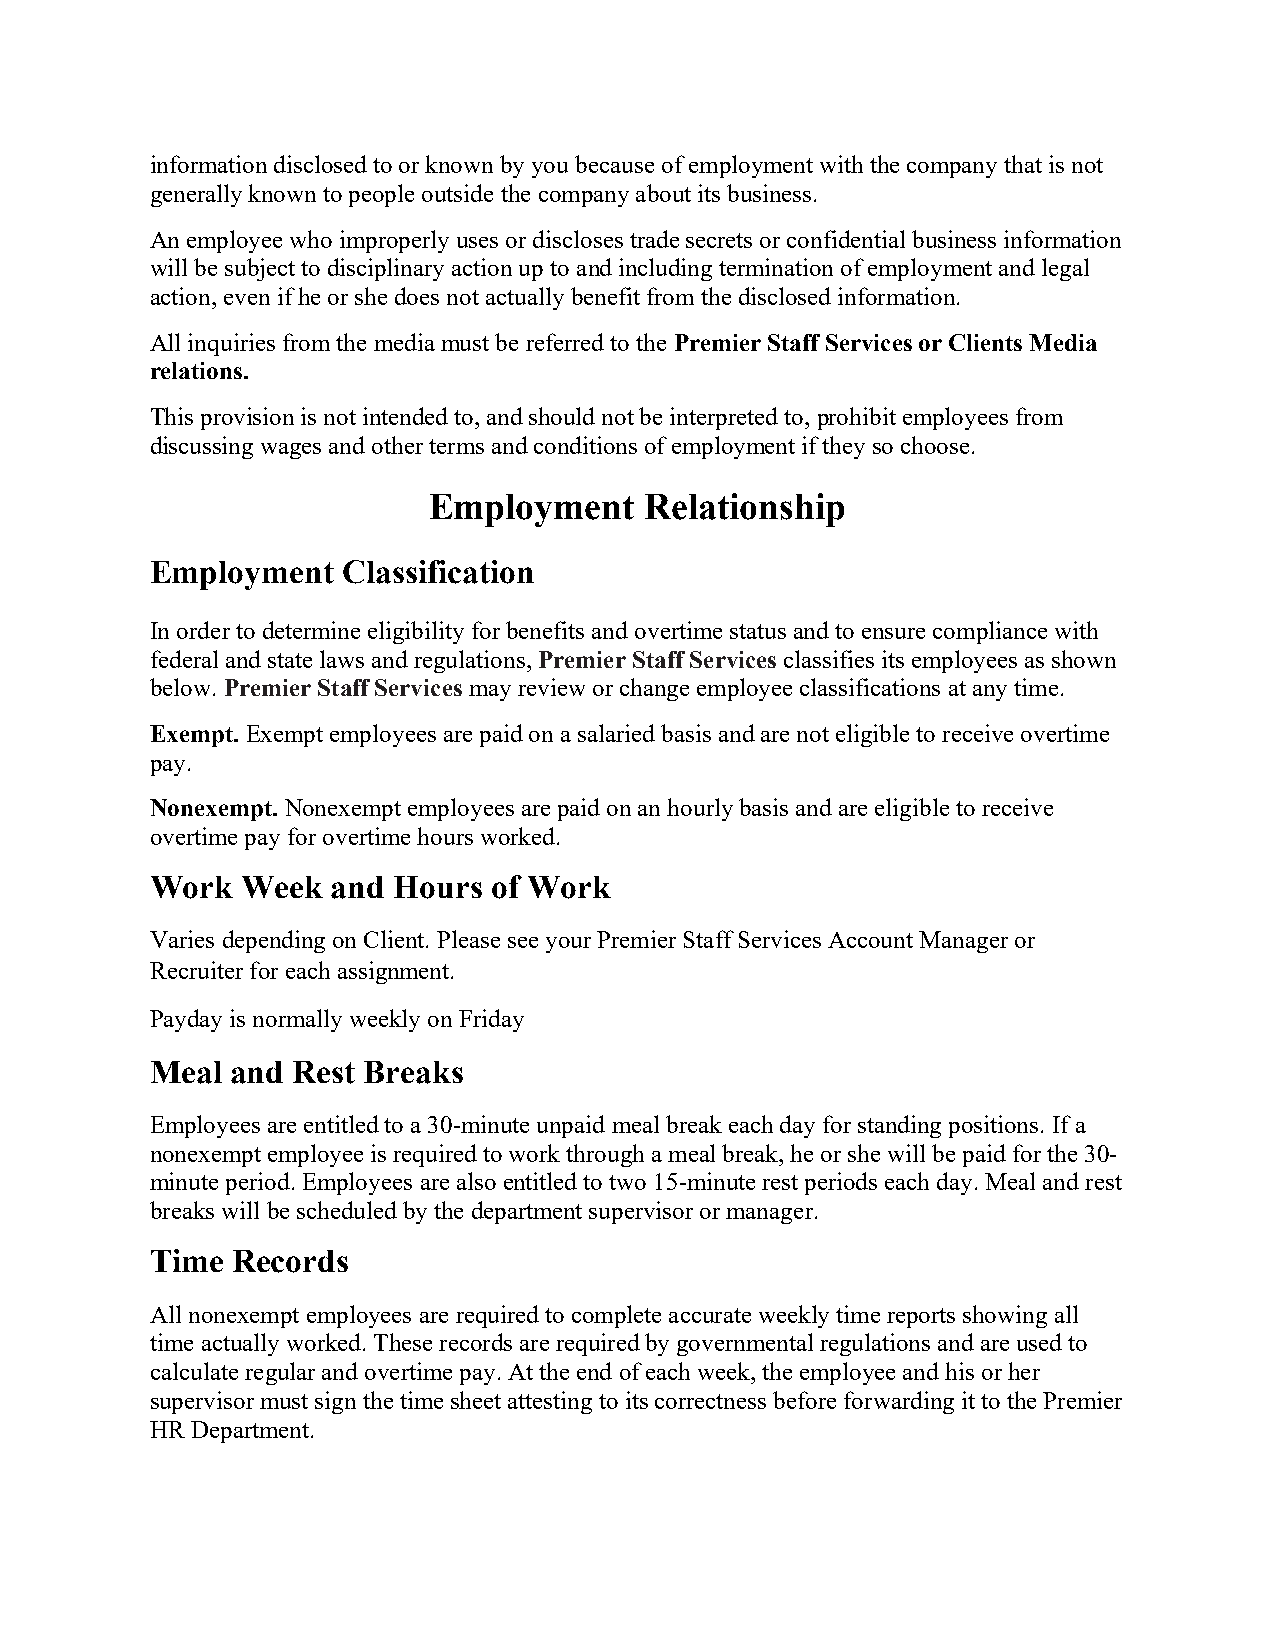
information disclosed to or known by you because of employment with the company that is not
 generally known to people outside the company about its business.
 An employee who improperly uses or discloses trade secrets or confidential business information
 will be subject to disciplinary action up to and including termination of employment and legal
 action, even if he or she does not actually benefit from the disclosed information.
 All inquiries from the media must be referred to the Premier Staff Services or Clients Media
 relations.
 This provision is not intended to, and should not be interpreted to, prohibit employees from
 discussing wages and other terms and conditions of employment if they so choose.
 Employment     Relationship
 Employment   Classification
 In order to determine eligibility for benefits and overtime status and to ensure compliance with
 federal and state laws and regulations, Premier Staff Services classifies its employees as shown
 below. Premier Staff Services may review or change employee classifications at any time.
 Exempt. Exempt employees are paid on a salaried basis and are not eligible to receive overtime
 pay.
 Nonexempt. Nonexempt employees are paid on an hourly basis and are eligible to receive
 overtime pay for overtime hours worked.
 Work  Week  and Hours  of Work
 Varies depending on Client. Please see your Premier Staff Services Account Manager or
 Recruiter for each assignment.
 Payday is normally weekly on Friday
 Meal and Rest Breaks
 Employees are entitled to a 30-minute unpaid meal break each day for standing positions. If a
 nonexempt employee is required to work through a meal break, he or she will be paid for the 30-
 minute period. Employees are also entitled to two 15-minute rest periods each day. Meal and rest
 breaks will be scheduled by the department supervisor or manager.
 Time Records
 All nonexempt employees are required to complete accurate weekly time reports showing all
 time actually worked. These records are required by governmental regulations and are used to
 calculate regular and overtime pay. At the end of each week, the employee and his or her
 supervisor must sign the time sheet attesting to its correctness before forwarding it to the Premier
 HR Department.